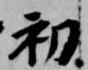
初